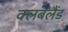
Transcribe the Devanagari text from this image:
क्लबलैंड